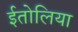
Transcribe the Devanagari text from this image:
ईतोलिया